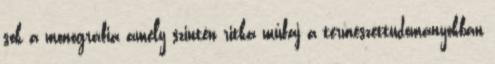
sok a monográfia amely szintén ritka műfaj a természettudományokban